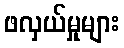
ဖလှယ်မှုများ